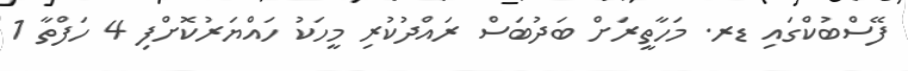
ފޭސްބުކްގައި ޑރ. މަހާތީރަށް ބަދުބަސް ރައްދުކުރި މީހަކު ހައްޔަރުކޮށްފި 4 ހަފްތާ 1